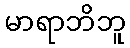
မာရာဘိဘူ